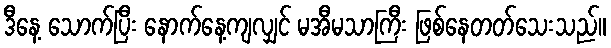
ဒီနေ့ သောက်ပြီး နောက်နေ့ကျလျှင် မအီမသာကြီး ဖြစ်နေတတ်သေးသည်။